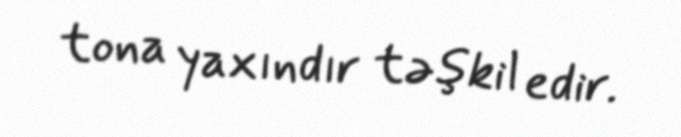
tona yaxındır təşkil edir.